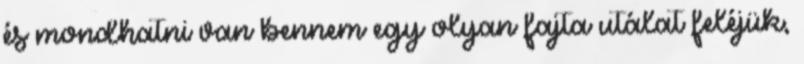
és mondhatni van bennem egy olyan fajta utálat feléjük,